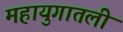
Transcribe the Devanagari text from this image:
महायुगातली